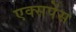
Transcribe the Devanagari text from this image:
एक्सपेंस